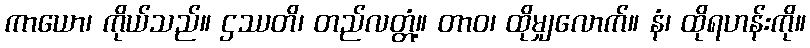
ကာယော၊ ကိုယ်သည်။ ဌဿတိ၊ တည်လတ္တံ့။ တာဝ၊ ထိုမျှလောက်။ နံ၊ ထိုရဟန်းကို။